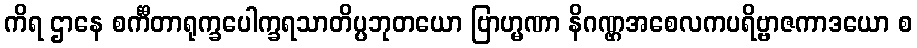
ကိရ ဌာနေ စင်္ကီတာရုက္ခပေါက္ခရသာတိပ္ပဘုတယော ဗြာဟ္မဏာ နိဂဏ္ဌအစေလကပရိဗ္ဗာဇကာဒယော စ